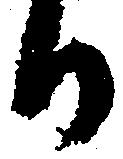
日